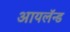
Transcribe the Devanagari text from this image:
आयलॅन्ड